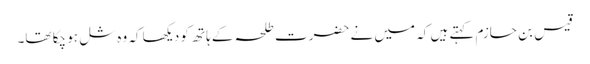
قیس بن حازم کہتے ہیں کہ میں نے حضرت طلحہ کے ہاتھ کو دیکھا کہ وہ شل ہو چکا تھا۔